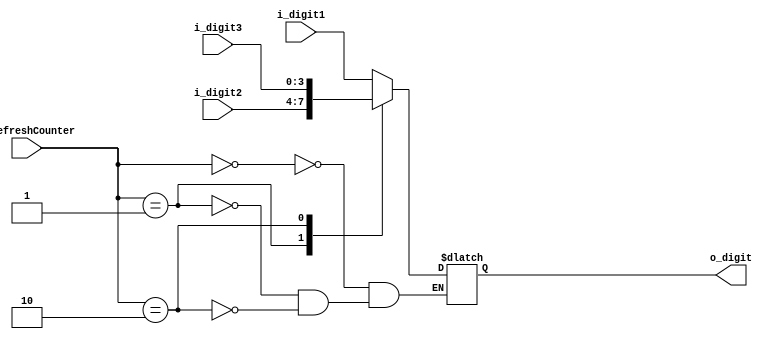
`timescale 1ns / 1ps


module segment_selector(input  [3:0] i_digit1,i_digit2,i_digit3,
					  input  [1:0] i_refreshCounter,
					  output [3:0] o_digit);
							 
	reg [3:0] r_digit;				 
						 
	assign o_digit = r_digit; 
	
	always @(i_refreshCounter)
	begin
		case(i_refreshCounter)
			0 : r_digit <= i_digit1;
			1 : r_digit <= i_digit2;
			2 : r_digit <= i_digit3;
		endcase
	end
endmodule